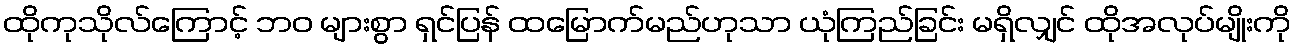
ထိုကုသိုလ်ကြောင့် ဘဝ များစွာ ရှင်ပြန် ထမြောက်မည်ဟုသာ ယုံကြည်ခြင်း မရှိလျှင် ထိုအလုပ်မျိုးကို